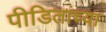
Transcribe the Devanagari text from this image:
पीडितांच्या